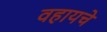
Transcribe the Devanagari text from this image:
वहायचे